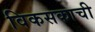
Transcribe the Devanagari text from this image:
विकसकाची